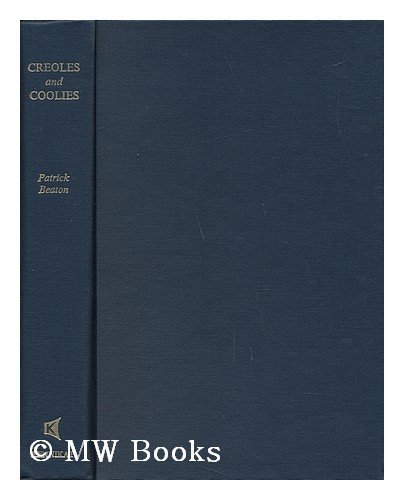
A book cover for Creoles and Coolies (Kennikat Negro culture and history series); Patrick Beaton; Travel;